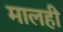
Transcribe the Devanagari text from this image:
मालही